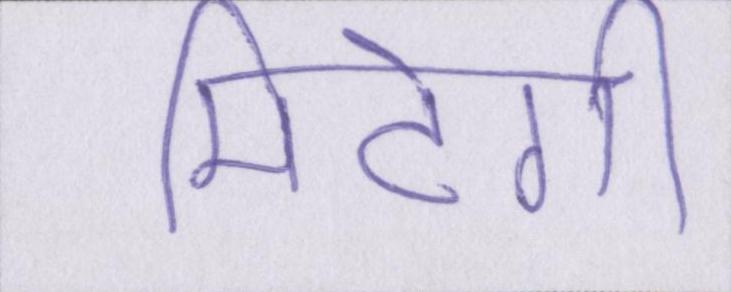
मिटेगी